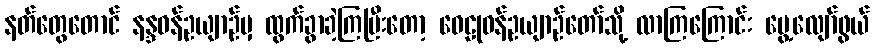
နတ်တွေတောင် နန္ဒဝန်ဥယျာဉ်မှ ထွက်ခွာခဲ့ကြပြီးတော့ ဝေဠုဝန်ဥယျာဉ်တော်သို့ လာကြကြောင်း မွေ့လျော်ဖွယ်